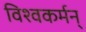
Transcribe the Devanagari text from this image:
विश्वकर्मन्‌